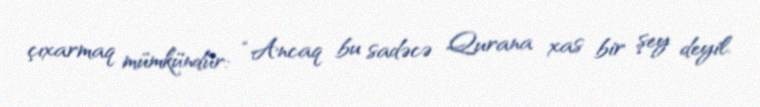
çıxarmaq mümkündür: “Ancaq bu sadəcə Qurana xas bir şey deyil.